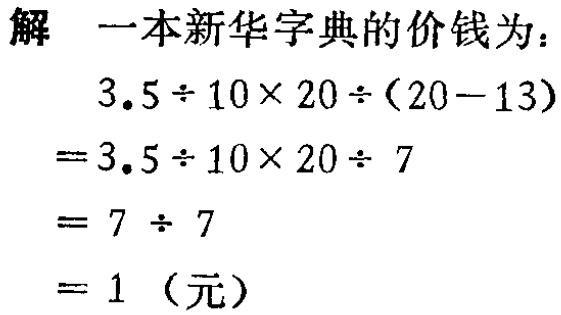
解 一本新华字典的价钱为：
\[
\begin{align*}
&3.5\div10\times20\div(20 - 13)\\
=&3.5\div10\times20\div7\\
=&7\div7\\
=&1 \text{（元）}
\end{align*}
\]